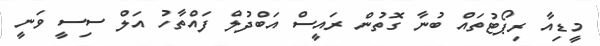
މީޑިއާ ރިޕޯޓުތައް ބުނާ ގޮތުން ރައީސް އަބްދުލް ފައްތާހު އަލް ސިސީ ވަނީ